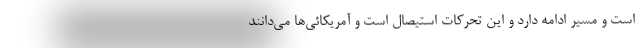
است و مسیر ادامه دارد و این تحرکات استیصال است و آمریکائی‌ها می‌دانند